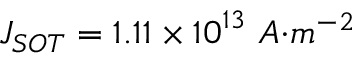
J _ { { S O T } } = 1 . 1 1 \times { 1 0 } ^ { 1 3 } { \ A } { { · } } { { m } } ^ { { - 2 } }